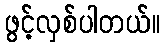
ဖွင့်လှစ်ပါတယ်။